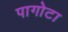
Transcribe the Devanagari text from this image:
पागोटा